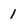
Character: 1